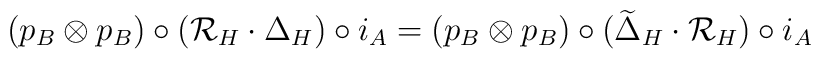
(p_B\otimes p_B)\circ({\cal R}_H\cdot\Delta_H)\circ i_A=(p_B\otimes p_B)\circ(\widetilde\Delta_H\cdot{\cal R}_H)\circ i_A